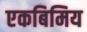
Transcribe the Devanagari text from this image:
एकबिमिय